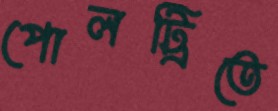
পোলট্রিতে